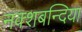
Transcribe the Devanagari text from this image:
नक्शबन्दिया